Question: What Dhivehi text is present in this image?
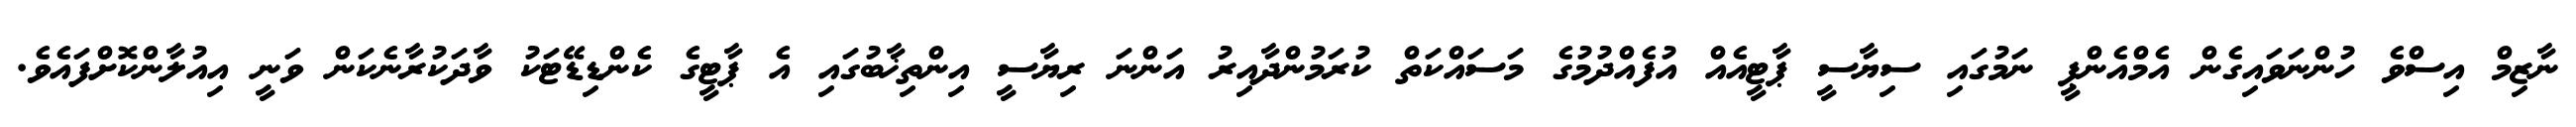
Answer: ނާޒިމް އިސްވެ ހުންނަވައިގެން އެމްއެންޕީ ނަމުގައި ސިޔާސީ ޕާޓީއެއް އުފެއްދުމުގެ މަސައްކަތް ކުރަމުންދާއިރު އަންނަ ރިޔާސީ އިންތިޚާބުގައި އެ ޕާޓީގެ ކެންޑިޑޭޓަކު ވާދަކުރާނެކަން ވަނީ އިއުލާންކޮށްފައެވެ.